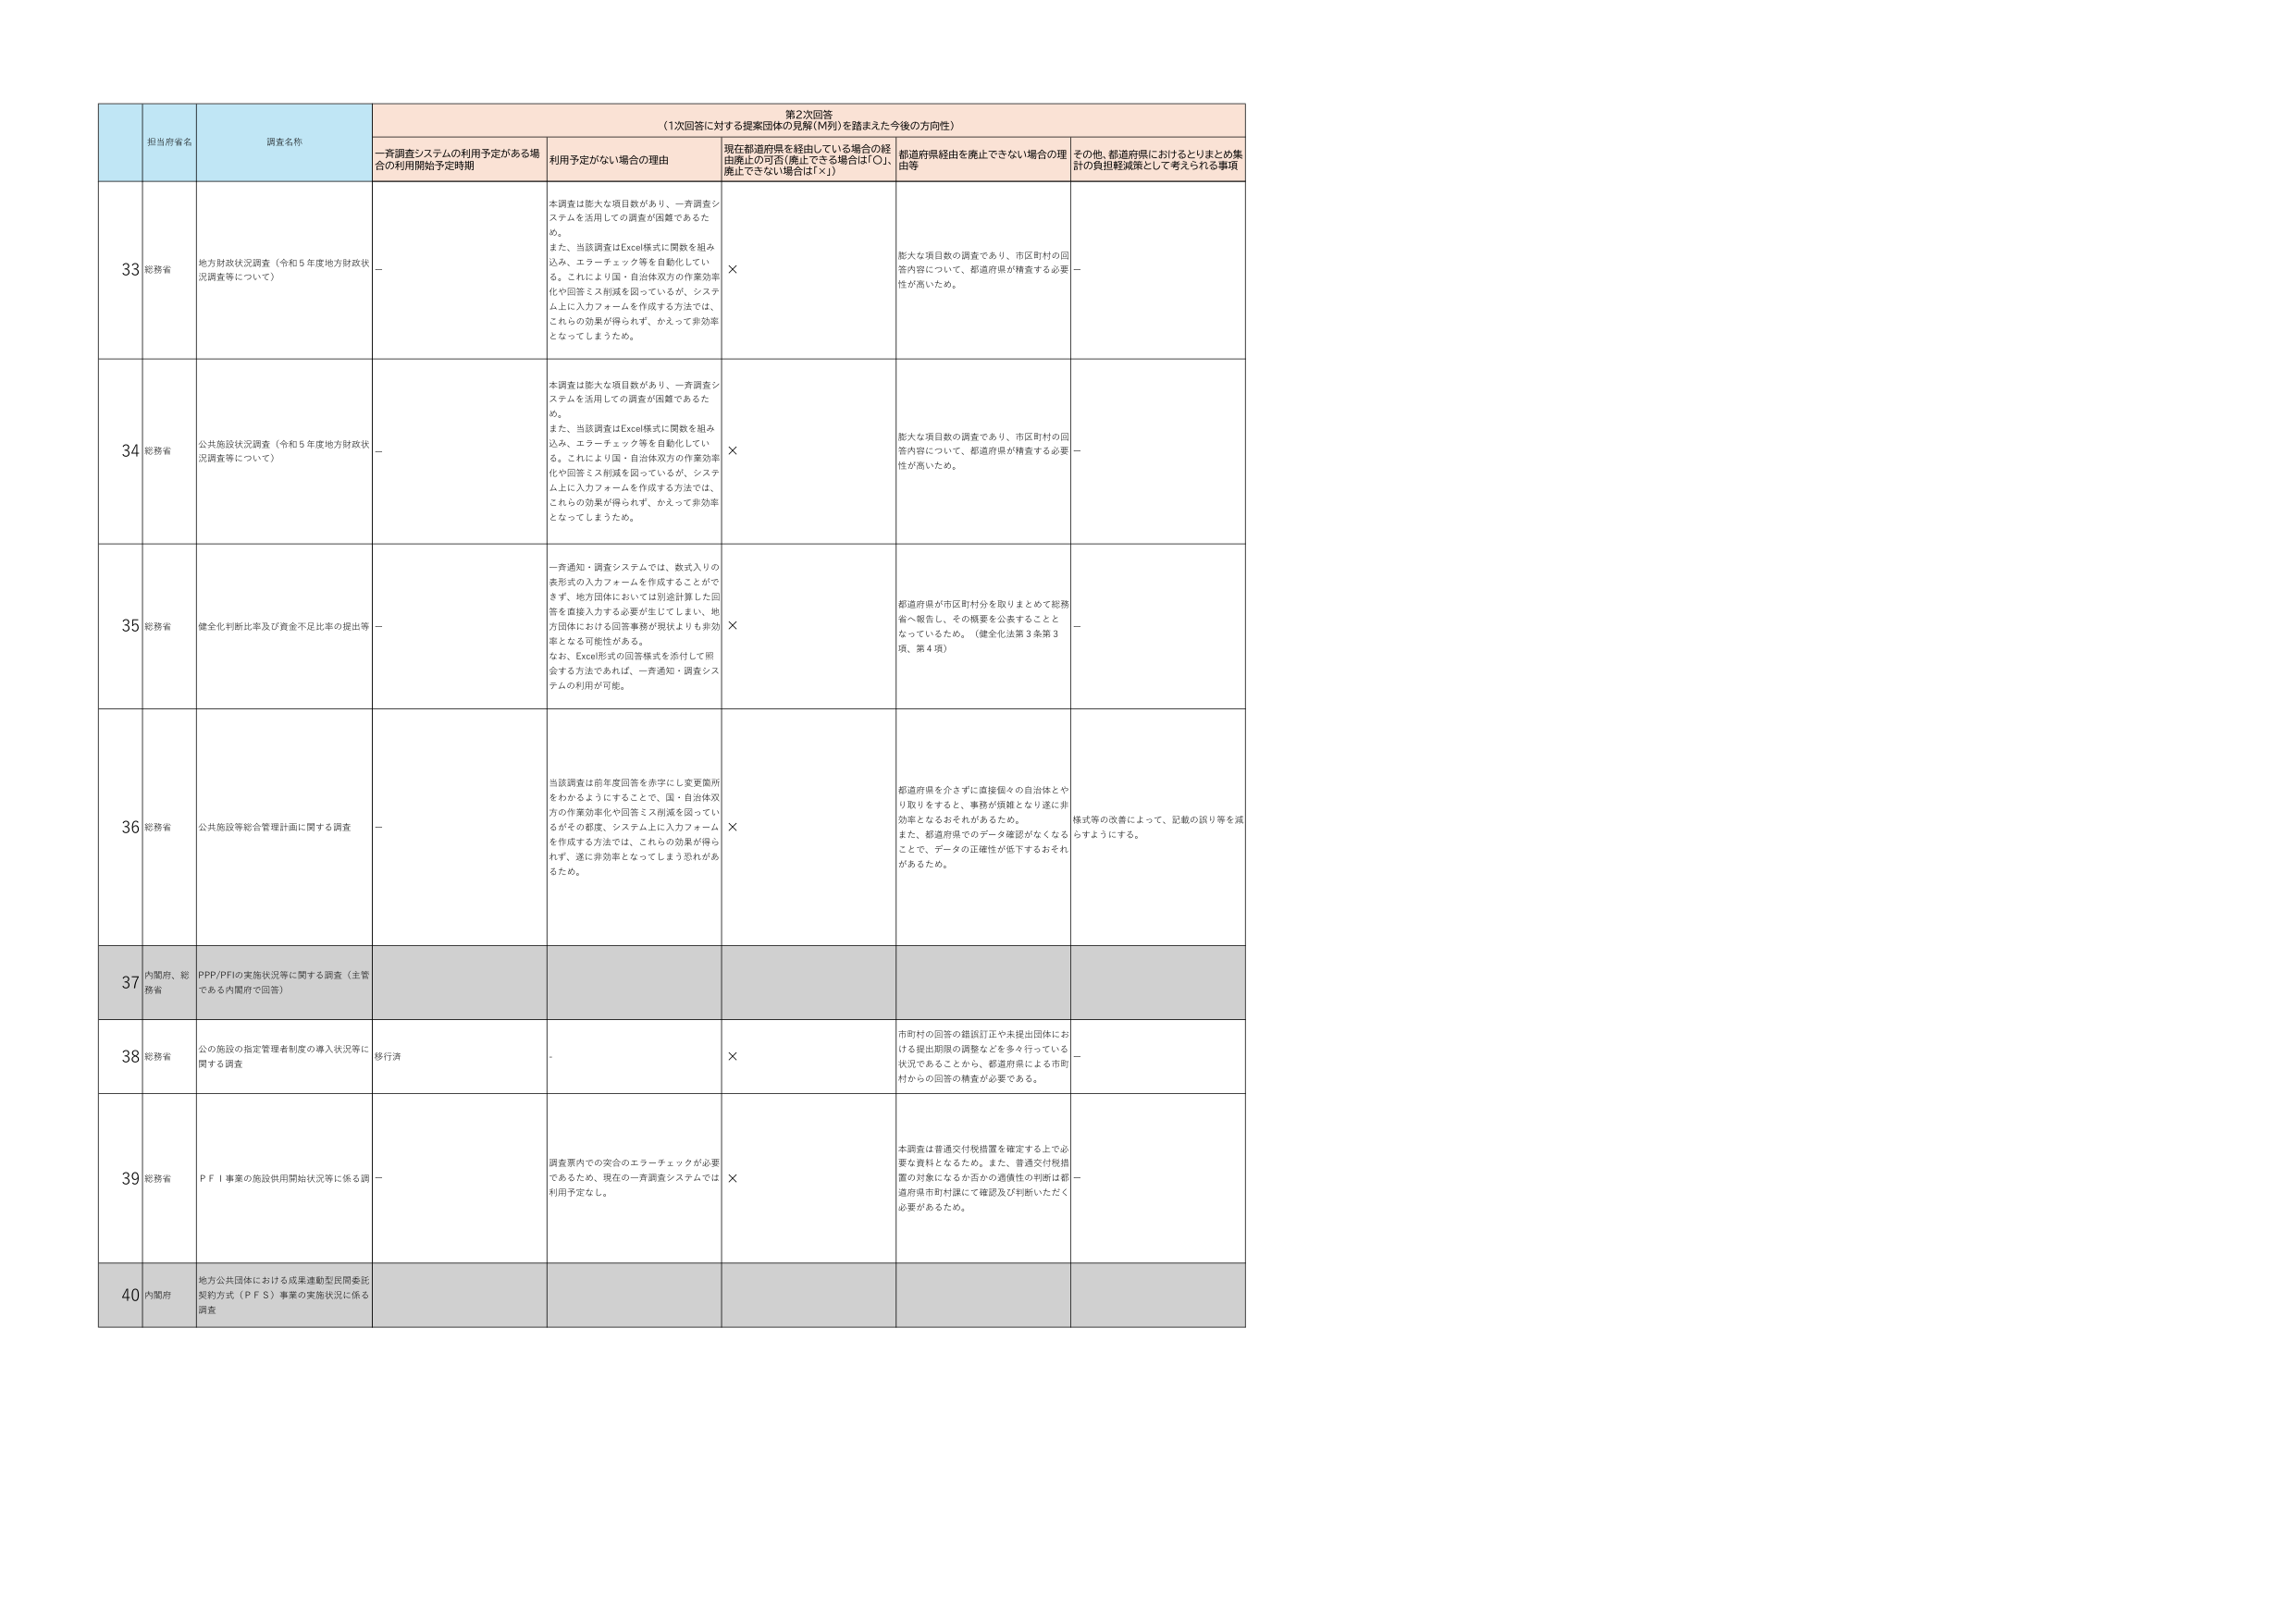
第2次回答
（1次回答に対する提案団体の見解（M列）を踏まえた今後の方向性）

担当府省名
調査名称
一斉調査システムの利用予定がある場合の利用開始予定時期
利用予定がない場合の理由
現在都道府県を経由している場合の経由廃止の可否（廃止できる場合は「○」、廃止できない場合は「×」）
都道府県経由を廃止できない場合の理由等
その他、都道府県におけるとりまとめ集計の負担軽減策として考えられる事項

33
総務省
地方財政状況調査（令和5年度地方財政状況調査等について）
－
本調査は膨大な項目数があり、一斉調査システムを活用しての調査が困難であるため。
また、当該調査はExcel様式に閲覧を組み込み、エラーチェック等を自動化している。これにより国・自治体双方の作業効率化や回答ミス削減を図っているが、システム上に入力フォームを作成する方法では、これらの効果が得られず、かえって非効率となってしまうため。
×
膨大な項目数の調査であり、市区町村の回答内容について、都道府県が精査する必要性が高いため。
－

34
総務省
公共施設状況調査（令和5年度地方財政状況調査等について）
－
本調査は膨大な項目数があり、一斉調査システムを活用しての調査が困難であるため。
また、当該調査はExcel様式に閲覧を組み込み、エラーチェック等を自動化している。これにより国・自治体双方の作業効率化や回答ミス削減を図っているが、システム上に入力フォームを作成する方法では、これらの効果が得られず、かえって非効率となってしまうため。
×
膨大な項目数の調査であり、市区町村の回答内容について、都道府県が精査する必要性が高いため。
－

35
総務省
健全化判断比率及び資金不足比率の提出等
－
一斉通知・調査システムでは、数式入りの表形式の入力フォームを作成することができず、地方団体においては別途計算した回答を直接入力する必要が生じてしまい、地方団体における回答事務が現状よりも非効率となる可能性がある。
なお、Excel形式の回答様式を添付して照合する方法であれば、一斉通知・調査システムの利用が可能。
×
都道府県が市区町村分を取りまとめて総務省へ報告し、その概要を公表することとなっているため。（健全化法第3条第3項、第4項）
－

36
総務省
公共施設等総合管理計画に関する調査
－
当該調査は前年度回答を赤字にし変更箇所をわかるようにすることで、国・自治体双方の作業効率化や回答ミス削減を図っているがその都度、システム上に入力フォームを作成する方法では、これらの効果が得られず、逆に非効率となってしまう恐れがあるため。
×
都道府県を介さずに直接個々の自治体とやり取りをすると、事務が煩雑となり遂に非効率となるおそれがあるため。
また、都道府県でのデータ確認がなくなることで、データの正確性が低下するおそれがあるため。
様式等の改善によって、記載の誤り等を減らすようにする。

37
内閣府、総務省
PPP/PFIの実施状況等に関する調査（主管である内閣府で回答）
－
－
－
－
－

38
総務省
公の施設の指定管理者制度の導入状況等に関する調査
移行済
－
×
市町村の回答の錯誤訂正や未提出団体における提出期限の調整などを多く行っている状況であることから、都道府県による市町村からの回答の精査が必要である。
－

39
総務省
PFI事業の施設供用開始状況等に係る調査
－
調査票内での安全のエラーチェックが必要であるため、現在の一斉調査システムでは利用予定なし。
×
本調査は普通交付税措置を確定する上で必要な資料となるため。また、普通交付税措置の対象になるか否かの適格性の判断は都道府県市町村課にて確認及び判断いただく必要があるため。
－

40
内閣府
地方公共団体における成果連動型民間委託契約方式（PFS）事業の実施状況に係る調査
－
－
－
－
－